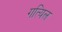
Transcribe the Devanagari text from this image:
गत्यिल